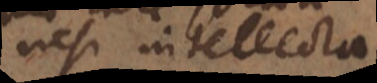
nisi intellecta